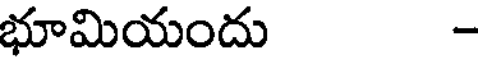
భూమియందు -